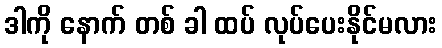
ဒါကို နောက် တစ် ခါ ထပ် လုပ်ပေးနိုင်မလား